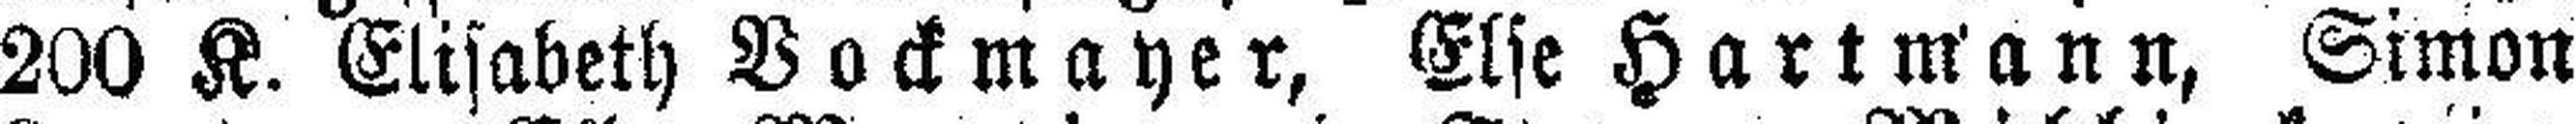
200 K. Elisabeth Bockmayer, Else Hartmann, Simon